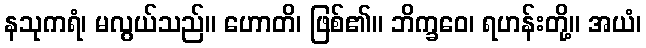
နသုကရံ၊ မလွယ်သည်။ ဟောတိ၊ ဖြစ်၏။ ဘိက္ခဝေ၊ ရဟန်းတို့။ အယံ၊